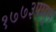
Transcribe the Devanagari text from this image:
१७७३पासून